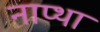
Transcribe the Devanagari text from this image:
नाप्था